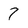
Character: 7